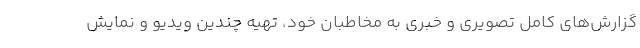
گزارش‌های کامل تصویری و خبری به مخاطبان خود، تهیه چندین ویدیو و نمایش